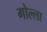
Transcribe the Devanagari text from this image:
गोल्ला